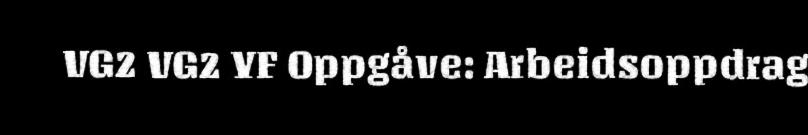
VG2 VG2 YF Oppgåve: Arbeidsoppdrag